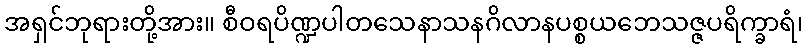
အရှင်ဘုရားတို့အား။ စီဝရပိဏ္ဍပါတသေနာသနဂိလာနပစ္စယဘေသဇ္ဇပရိက္ခာရံ၊